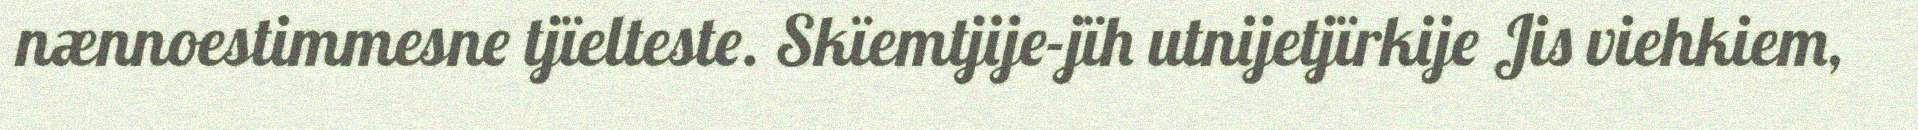
nænnoestimmesne tjïelteste. Skïemtjije-jïh utnijetjïrkije Jis viehkiem,